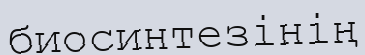
биосинтезінің